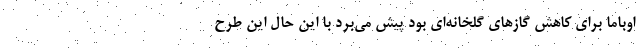
اوباما برای کاهش گازهای گلخانه‌ای بود پیش می‌برد با این‌ حال این طرح